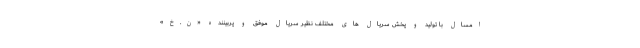
امسال با تولید و پخش سریال های مختلف نظیر سریال موفق و پربیننده «ن.خ»